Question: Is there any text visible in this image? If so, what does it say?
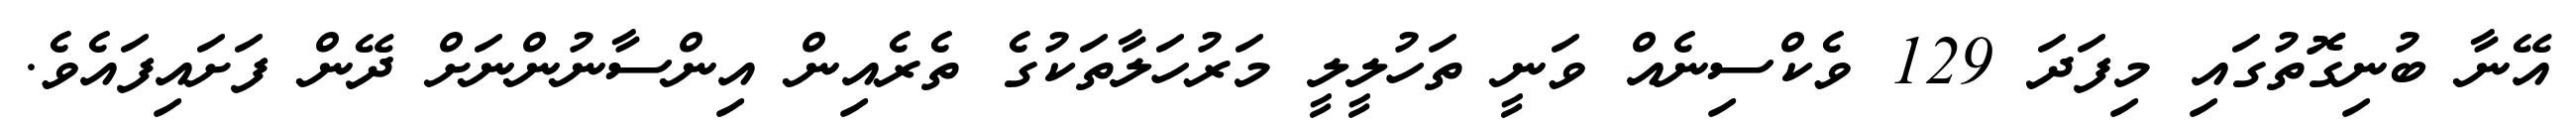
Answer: އޭނާ ބުނިގޮތުގައި މިފަދަ 129 ވެކްސިނެއް ވަނީ ތަހުލީލީ މަރުހަލާތަކުގެ ތެރެއިން އިންސާނުންނަށް ދޭން ފަށައިފައެވެ.